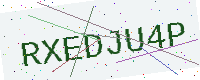
Text: RXEDJU4P